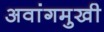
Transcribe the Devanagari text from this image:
अवांगमुखी